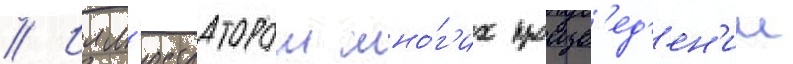
// Илл'юстратором мно́г'их произв'ед'ен'ии